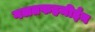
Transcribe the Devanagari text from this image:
गलतफहमीईन